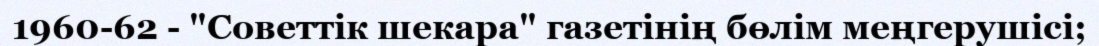
1960-62 - "Советтік шекара" газетінің бөлім меңгерушісі;